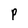
Character: P